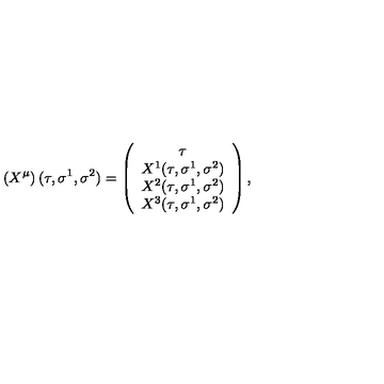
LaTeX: \left( X ^ { \mu } \right) ( \tau , \sigma ^ { 1 } , \sigma ^ { 2 } ) = \left( \begin{array} { c } { \tau } \\ { X ^ { 1 } ( \tau , \sigma ^ { 1 } , \sigma ^ { 2 } ) } \\ { X ^ { 2 } ( \tau , \sigma ^ { 1 } , \sigma ^ { 2 } ) } \\ { X ^ { 3 } ( \tau , \sigma ^ { 1 } , \sigma ^ { 2 } ) } \\ \end{array} \right) ,